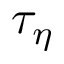
\tau _ { \eta }